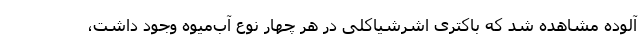
آلوده مشاهده شد که باکتری اشرشیاکلی در هر چهار نوع آب‌میوه وجود داشت،